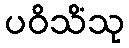
ပဝိသိံသု